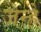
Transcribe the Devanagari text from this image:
जेन्हे